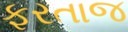
ફરતાજ